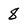
Character: 8